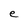
Character: e